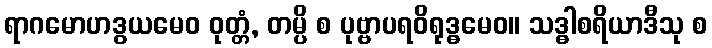
ရာဂမောဟဒွယမေဝ ဝုတ္တံ, တမ္ပိ စ ပုဗ္ဗာပရဝိရုဒ္ဓမေဝ။ သဒ္ဓါစရိယာဒီသု စ